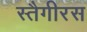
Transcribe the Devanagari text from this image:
स्तैगीरस